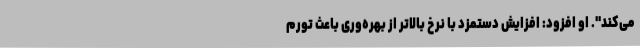
می‌کند". او افزود: افزایش دستمزد با نرخ بالاتر از بهره‌وری باعث تورم